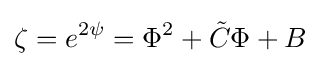
\zeta =e^{2\psi }=\Phi ^{2}+{\tilde {C}}\Phi +B